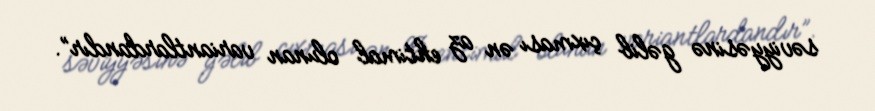
səviyyəsinə gəlib çıxması ən az ehtimal olunan variantlardandır”.